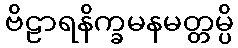
ဗိဠာရနိက္ခမနမတ္တမ္ပိ